Report on sanitation, dispensaries, and jails in Rajputana for 1912, and on vaccination for the year 1912-1913 - 1912-1913
Year: 1912
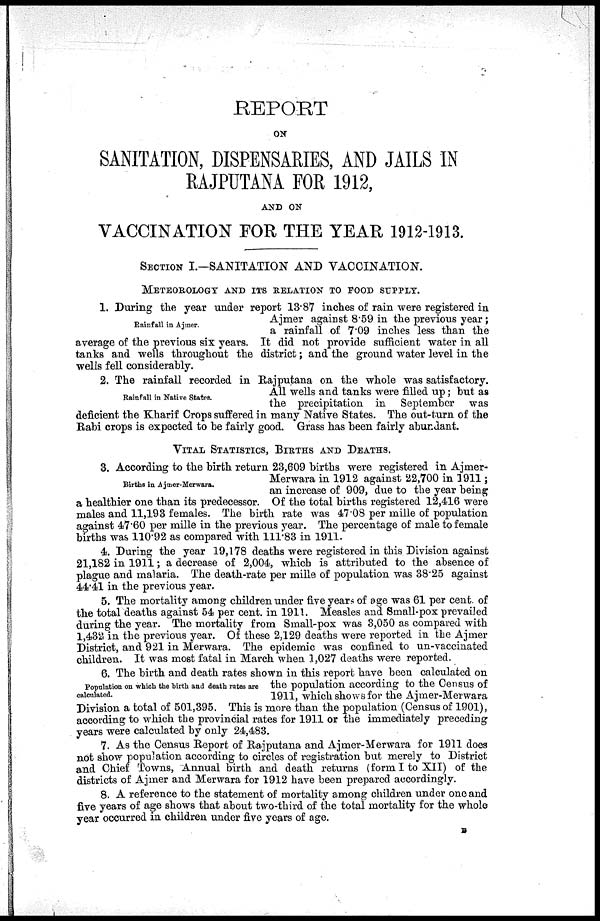
REPORT
ON
SANITATION, DISPENSARIES, AND JAILS IN
RAJPUTANA FOR 1912,
AND ON
VACCINATION FOR THE YEAR 1912-1913.
SECTION I.—SANITATION AND VACCINATION.
METEOROLOGY AND ITS RELATION TO FOOD SUPPLY.
Rainfall in Ajmer.
1. During the year under report 13.87 inches of rain were registered in
Ajmer against 8.59 in the previous year;
a rainfall of 7.09 inches less than the
average of the previous six years. It did not provide sufficient water in all
tanks and wells throughout the district; and the ground water level in the
wells fell considerably.
Rainfall in Native States.
2. The rainfall recorded in Rajputana on the whole was satisfactory.
All wells and tanks were filled up; but as
the precipitation in September was
deficient the Kharif Crops suffered in many Native States. The out-turn of the
Rabi crops is expected to be fairly good. Grass has been fairly abundant.
VITAL STATISTICS, BIRTHS AND DEATHS.
Births in Ajmer-Merwara.
3. According to the birth return 23,609 births were registered in Ajmer-
Merwara in 1912 against 22,700 in 1911;
an increase of 909, due to the year being
a healthier one than its predecessor. Of the total births registered 12,416 were
males and 11,193 females. The birth rate was 47.08 per mille of population
against 47.60 per mille in the previous year. The percentage of male to female
births was 110.92 as compared with 111.83 in 1911.
4. During the year 19,178 deaths were registered in this Division against
21,182 in 1911; a decrease of 2,004, which is attributed to the absence of
plague and malaria. The death-rate per mille of population was 38.25 against
44.41 in the previous year.
5. The mortality among children under five years of age was 61 per cent of
the total deaths against 54 per cent. in 1911. Measles and Small-pox prevailed
during the year. The mortality from Small-pox was 3,050 as compared with
1,432 in the previous year. Of these 2,129 deaths were reported in the Ajmer
District, and 921 in Merwara. The epidemic was confined to un-vaccinated
children. It was most fatal in March when 1,027 deaths were reported.
Population on which the birth and death rates are
calculated.
6. The birth and death rates shown in this report have been calculated on
the population according to the Census of
1911, which shows for the Ajmer-Merwara
Division a total of 501,395. This is more than the population (Census of 1901),
according to which the provincial rates for 1911 or the immediately preceding
years were calculated by only 24,483.
7. As the Census Report of Rajputana and Ajmer-Merwara for 1911 does
not show population according to circles of registration but merely to District
and Chief Towns, Annual birth and death returns (form I to XII) of the
districts of Ajmer and Merwara for 1912 have been prepared accordingly.
8. A reference to the statement of mortality among children under one and
five years of age shows that about two-third of the total mortality for the whole
year occurred in children under five years of age.
B